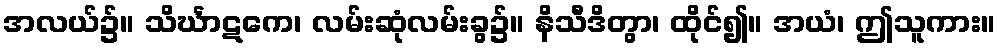
အလယ်၌။ သိင်္ဃာဋကေ၊ လမ်းဆုံလမ်းခွ၌။ နိသီဒိတွာ၊ ထိုင်၍။ အယံ၊ ဤသူကား။